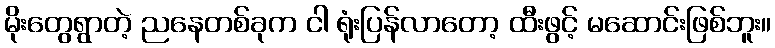
မိုးတွေရွာတဲ့ ညနေတစ်ခုက ငါ ရုံးပြန်လာတော့ ထီးဖွင့် မဆောင်းဖြစ်ဘူး။